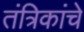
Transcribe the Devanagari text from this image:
तंत्रिकांचे